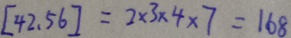
[ 4 2 , 5 6 ] = 2 \times 3 \times 4 \times 7 = 1 6 8